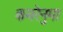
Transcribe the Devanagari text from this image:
कमरेनुमा